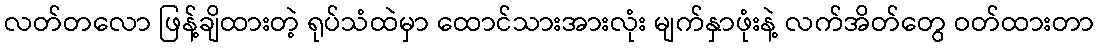
လတ်တလော ဖြန့်ချိထားတဲ့ ရုပ်သံထဲမှာ ထောင်သားအားလုံး မျက်နှာဖုံးနဲ့ လက်အိတ်တွေ ဝတ်ထားတာ